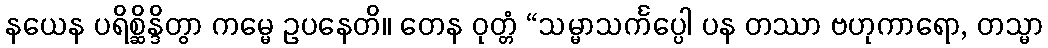
နယေန ပရိစ္ဆိန္ဒိတွာ ကမ္မေ ဥပနေတိ။ တေန ဝုတ္တံ “သမ္မာသင်္ကပ္ပေါ ပန တဿာ ဗဟုကာရော, တသ္မာ